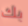
بك